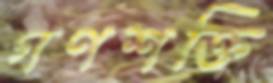
গণশক্তি